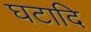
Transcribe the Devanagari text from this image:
घटादि